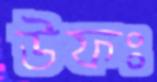
উফঃ